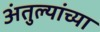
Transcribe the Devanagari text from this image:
अंतुल्यांच्या